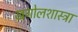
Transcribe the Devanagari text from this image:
खगोलशास्त्रा